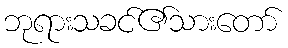
ဘုရားသခင်၏သားတော်